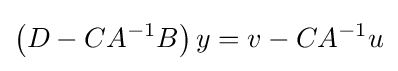
\left(D-CA^{-1}B\right)y=v-CA^{-1}u